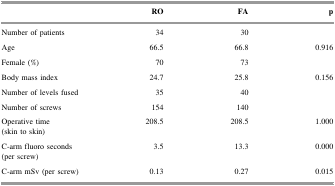
<table><thead><tr><td></td><td><b>RO</b></td><td><b>FA</b></td><td><b>p</b></td></tr></thead><tbody><tr><td>Number of patients</td><td>34</td><td>30</td><td></td></tr><tr><td>Age</td><td>66.5</td><td>66.8</td><td>0.916</td></tr><tr><td>Female (%)</td><td>70</td><td>73</td><td></td></tr><tr><td>Body mass index</td><td>24.7</td><td>25.8</td><td>0.156</td></tr><tr><td>Number of levels fused</td><td>35</td><td>40</td><td></td></tr><tr><td>Number of screws</td><td>154</td><td>140</td><td></td></tr><tr><td>Operative time(skin to skin)</td><td>208.5</td><td>208.5</td><td>1.000</td></tr><tr><td>C-arm fluoro seconds(per screw)</td><td>3.5</td><td>13.3</td><td>0.000</td></tr><tr><td>C-arm mSv (per screw)</td><td>0.13</td><td>0.27</td><td>0.015</td></tr></tbody></table>